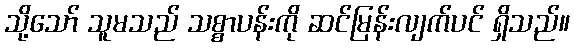
သို့သော် သူမသည် သစ္စာပန်းကို ဆင်မြန်းလျက်ပင် ရှိသည်။